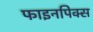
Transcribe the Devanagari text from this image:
फाइनपिक्स